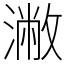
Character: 潎